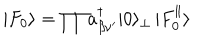
| F _ { 0 } \rangle = \prod a _ { \beta \nu ^ { \prime } } ^ { \dagger } | 0 \rangle _ { \bot } \, | F _ { 0 } ^ { \parallel } \rangle